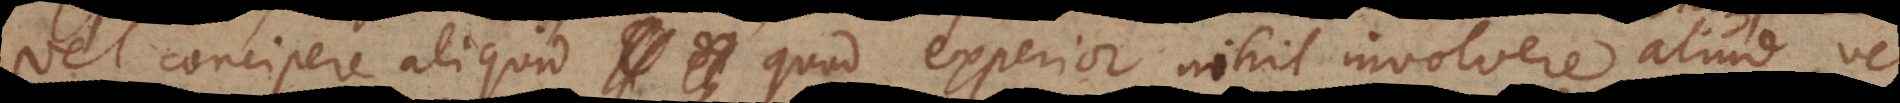
vel concipere aliquid quod experior nihil involvere aliud, vel